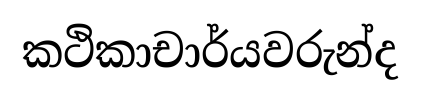
කථිකාචාර්යවරුන්ද